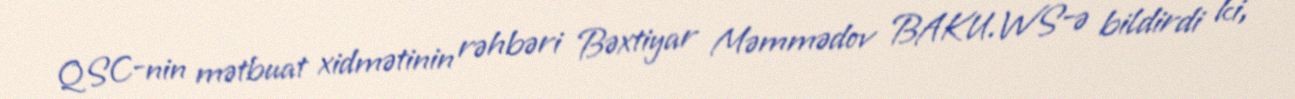
QSC-nin mətbuat xidmətinin rəhbəri Bəxtiyar Məmmədov BAKU.WS-ə bildirdi ki,